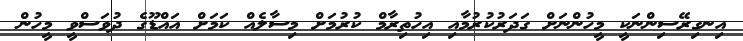
އިނގިރޭސިންނަކީ މީހުންނަށް ގަދަރުކުރުމާއި އިހުތިރާމް ކުރުމަށް މިސާލެއް ކަމަށް އައްޑޫގެ ދުވަސްވީ މީހުން